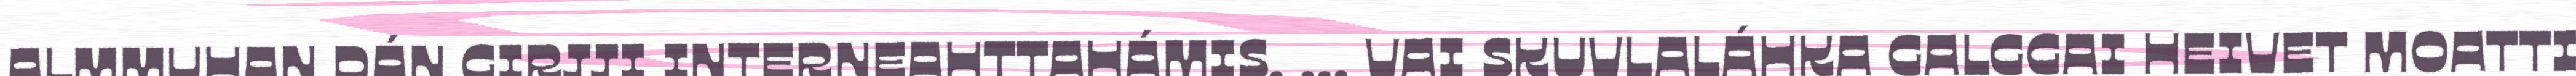
ALMMUHAN DÁN GIRJJI INTERNEAHTTAHÁMIS. ... VAI SKUVLALÁHKA GALGGAI HEIVET MOATTI